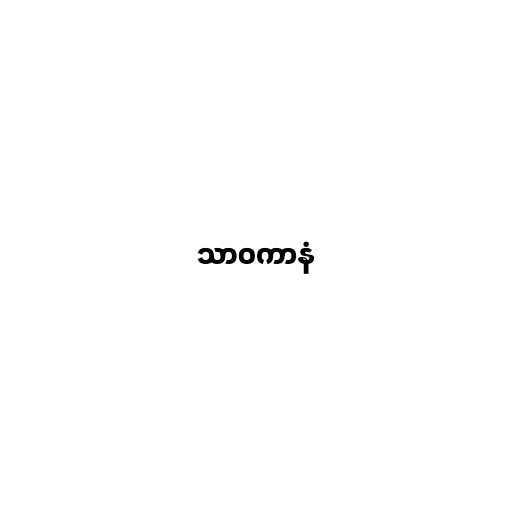
သာဝကာနံ